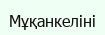
Мұқанкеліні